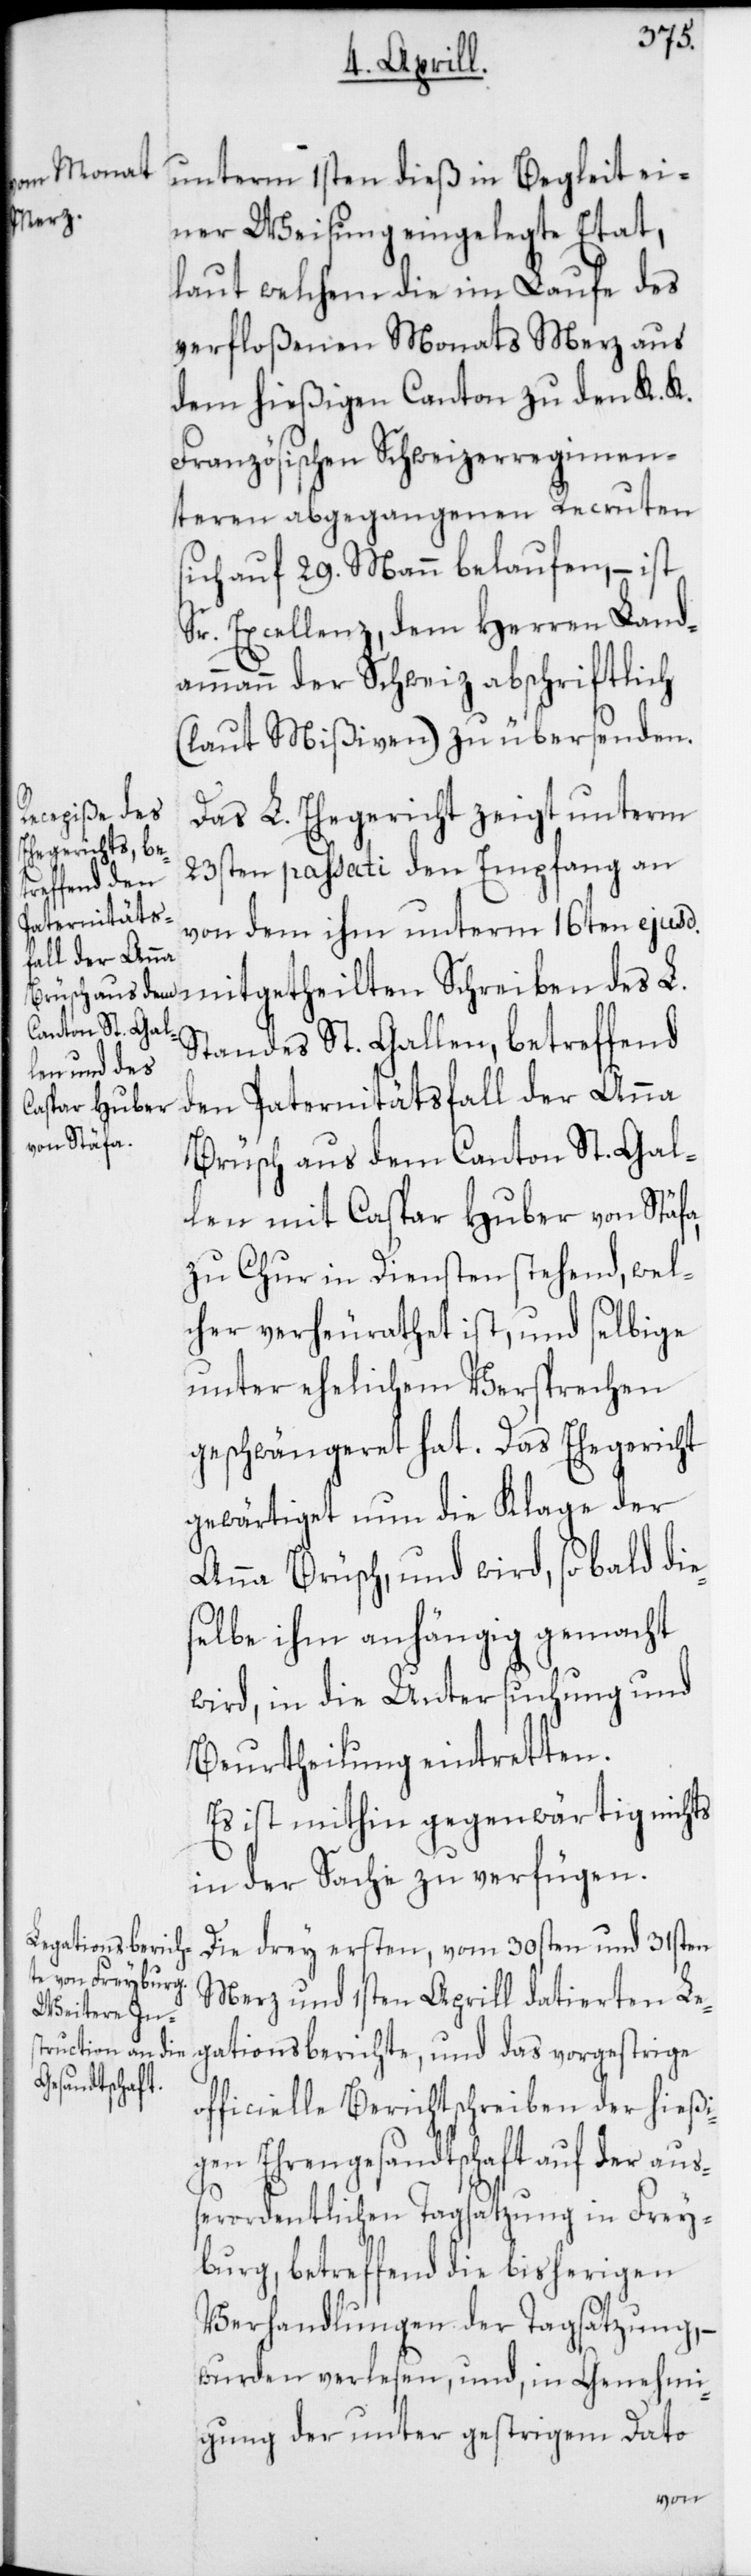
unterm 1sten dieß in Begleit ei¬
ner Weisung eingelegte Etat,
laut welchem die im Laufe des
verfloßenen Monats Merz aus
dem hießigen Canton zu den K. K.
Französischen Schweizerregimen¬
teren abgegangenen Recruten
sich auf 29. Mann belaufen, – ist
Sr. Excellenz, dem Herren Land¬
ammann der Schweiz abschriftlich
(laut Mißiven) zu übersenden.
Das L. Ehegericht zeigt unterm
23sten passati den Empfang an,
von dem ihm unterm 16ten ej¬
usd. mitgetheilten Schreiben des L.
Standes St. Gallen, betreffend
den Paternitätsfall der Anna
Brüsch aus dem Canton St. Gal¬
len mit Caspar Huber von Stäfa,
zu Chur in Diensten stehend, wel¬
cher verheurathet ist, und selbige
unter ehelichem Versprechen
geschwängeret hat. Das Ehegericht
gewärtiget nun die Klage der
Anna Brüsch, und wird, sobald die¬
selbe ihm anhängig gemacht
wird, in die Untersuchung und
Beurtheilung eintretten.
Es ist mithin gegenwärtig nichts
in der Sache zu verfügen.
Die drey ersten, vom 30sten und 31sten
Merz und 1sten Aprill datierten Le¬
gationsberichte, und das vorgestrige
officielle Berichtschreiben der hießi¬
gen Ehrengesandtschaft auf der auß¬
erordentlichen Tagsatzung in Frey¬
burg, betreffend die bisherigen
Verhandlungen der Tagsatzung, –
wurden verlesen, und, in Genehmi¬
gung der unter gestrigem Dato